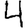
Digit: 4